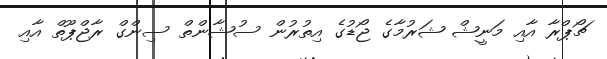
ޗޯޕްރާ އާއި މަނީޝް ޝަރުމާގެ ޖޯޑުގެ އިތުރުން ސުޝާންތް ސިންގް ރާޖްޕޫތް އާއި